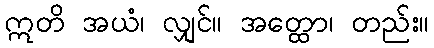
ဣတိ အယံ၊ လျှင်။ အတ္ထော၊ တည်း။